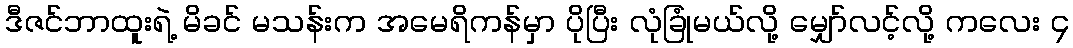
ဒီဇင်ဘာထူးရဲ့ မိခင် မသန်းက အမေရိကန်မှာ ပိုပြီး လုံခြုံမယ်လို့ မျှော်လင့်လို့ ကလေး ၄